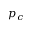
p _ { c }